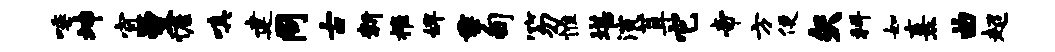
唾坤宜曼慷嗔建同古新摧婢垂甸笏惟堪演茸它帝方便矢科如熹曲超